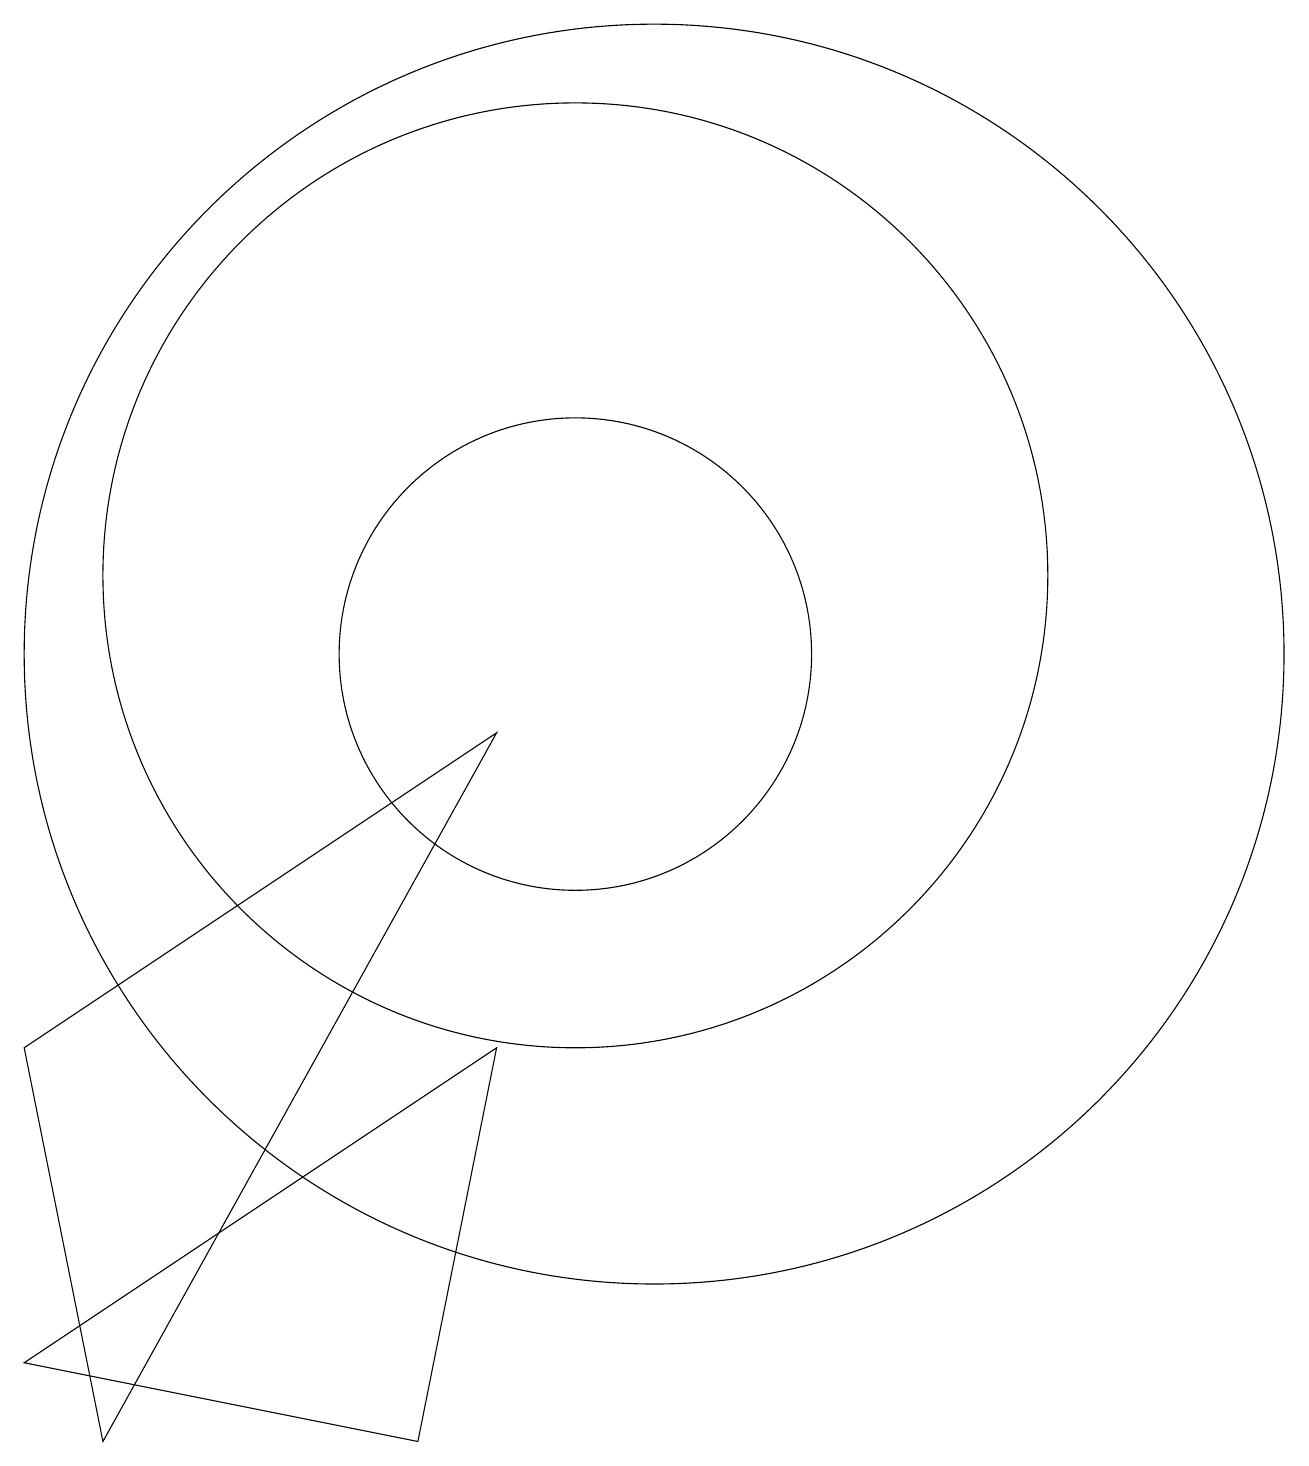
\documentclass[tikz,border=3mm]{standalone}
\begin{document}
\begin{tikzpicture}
\draw (10,11) circle (6);
\draw (8,0) -- (9,5) -- (3,1) -- cycle;
\draw (10,10) circle (3);
\draw (11,10) circle (8);
\draw (4,0) -- (3,5) -- (9,9) -- cycle;
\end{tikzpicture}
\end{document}